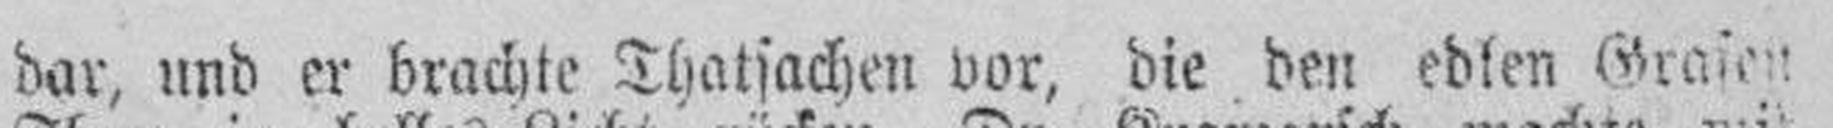
dar, und er brachte Thatsachen vor, die den edlen Grafen